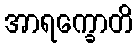
အာရက္ခောတိ